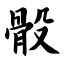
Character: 骰